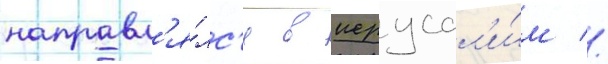
направл'я́лс'я в иерусал'и́м //